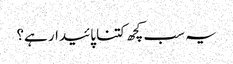
یہ سب کچھ کتنا پائیدار ہے؟